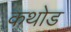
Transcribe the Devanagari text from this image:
कथोड